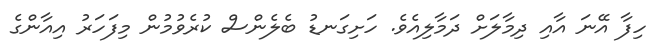
ހިފާ އޭނަ އާއި ދިމާލަށް ދަމާލިއެވެ. ހަށިގަނޑު ބެލެންސް ކުރެވުމުން މިފަހަރު އިއާންގެ